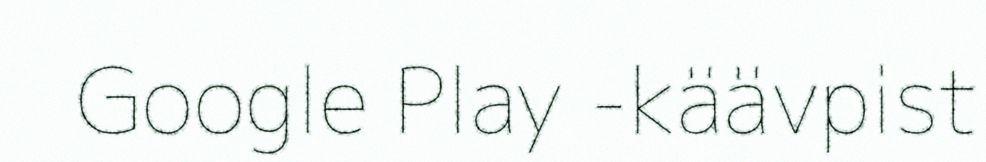
Google Play -käävpist